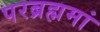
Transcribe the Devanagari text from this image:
परब्रह्ममां